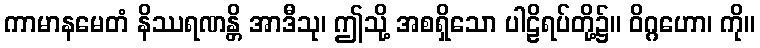
ကာမာနမေတံ နိဿရဏန္တိ အာဒီသု၊ ဤသို့ အစရှိသော ပါဠိရပ်တို့၌။ ဝိဂ္ဂဟော၊ ကို။